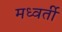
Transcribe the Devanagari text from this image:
मध्वर्ती